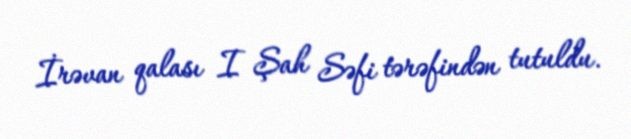
İrəvan qalası I Şah Səfi tərəfindən tutuldu.